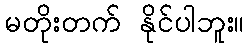
မတိုးတက် နိုင်ပါဘူး။